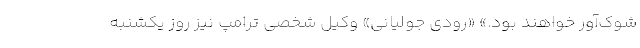
شوک‌آور خواهند بود.» «رودی جولیانی» وکیل شخصی ترامپ نیز روز یکشنبه